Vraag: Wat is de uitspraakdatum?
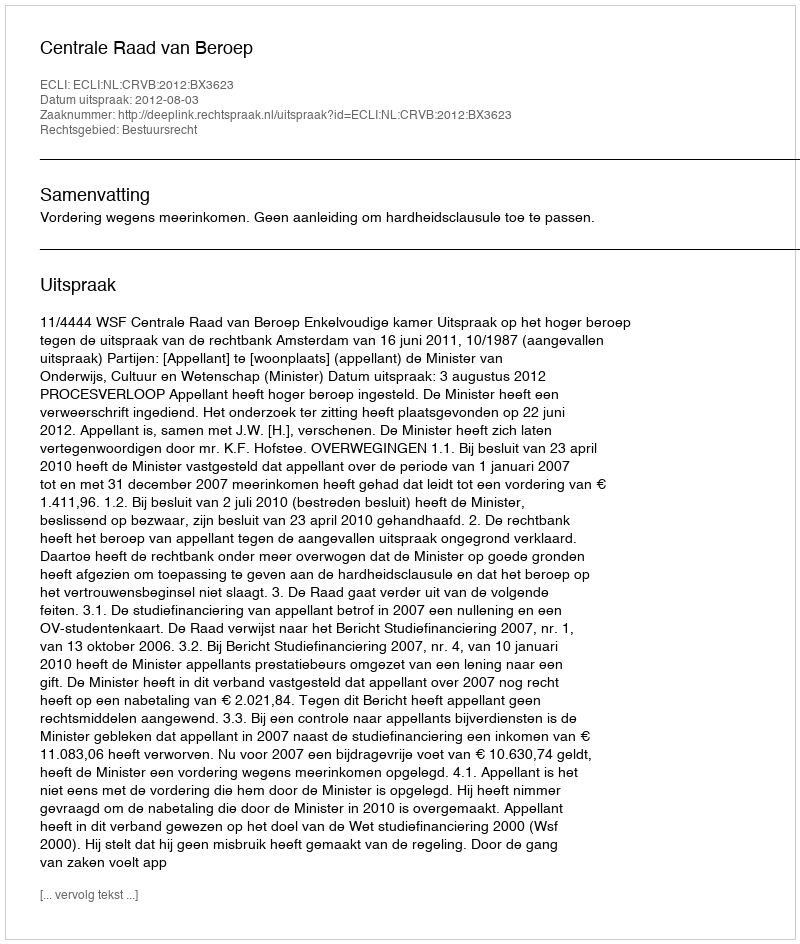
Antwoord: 2012-08-03